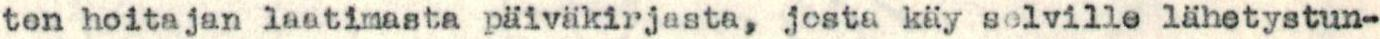
ten hoitajan laatimasta päiväkirjasta, josta käy selville lähetystun-